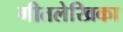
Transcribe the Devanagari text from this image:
गीतलेखिका